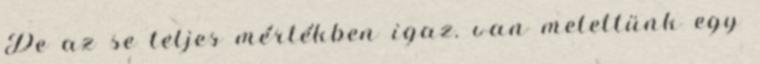
De az se teljes mértékben igaz. van melettünk egy